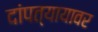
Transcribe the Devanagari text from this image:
दांपत्यायावर